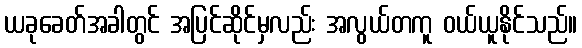
ယခုခေတ်အခါတွင် အပြင်ဆိုင်မှလည်း အလွယ်တကူ ဝယ်ယူနိုင်သည်။